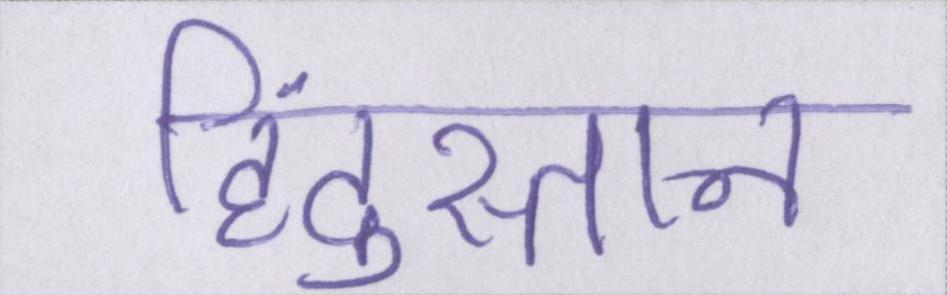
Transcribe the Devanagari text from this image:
हिंदुस्तान